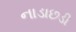
નાડાછડી